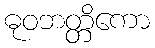
ဓုဝဘတ္တိကော